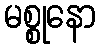
မစ္စုနော